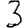
Digit: 3